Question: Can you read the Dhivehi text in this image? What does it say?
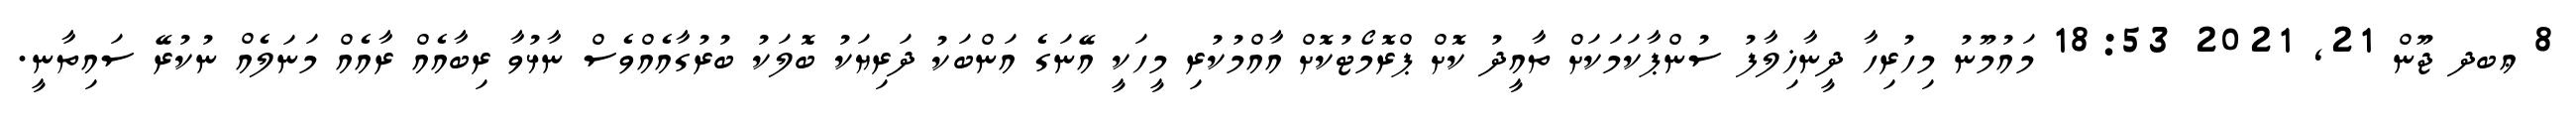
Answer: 8 ޢބދ ޖޫން 21, 2021 18:53 މައުމޫނު މިހުރިހާ ދީނާޚިލާފު ސުންޕާކަމަކަށް ތާއީދު ކޮށް ޕްރޮމޯޓުކޮށް އާއްމުކުރި މީހަކީ އޭނަގެ އަންބަކު ދަރިޔަކު ބޮލަކު ބުރުގާއެއްވެސް ނާޅުވާ ރިބާއެއް ރާއެއް މަނަލެއް ނުކުރޭ ސައިތާނީ.